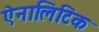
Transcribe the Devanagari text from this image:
ऐनालिटिक